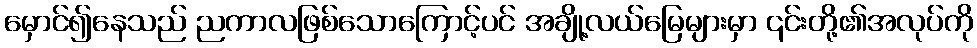
မှောင်၍နေသည် ညကာလဖြစ်သောကြောင့်ပင် အချို့လယ်မြေများမှာ ၎င်းတို့၏အလုပ်ကို